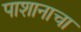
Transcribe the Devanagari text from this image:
पाशानाचा